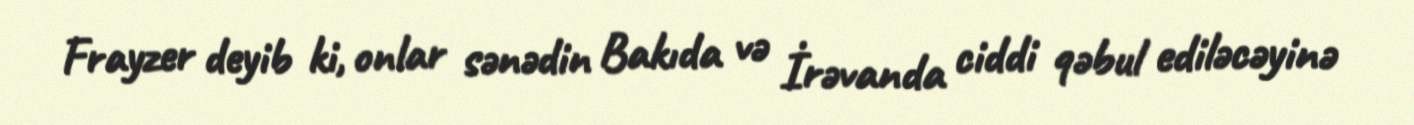
Frayzer deyib ki, onlar sənədin Bakıda və İrəvanda ciddi qəbul ediləcəyinə